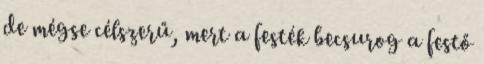
de mégse célszerű, mert a festék becsurog a festő